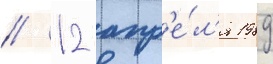
// 12 апр'е́л'я 1989